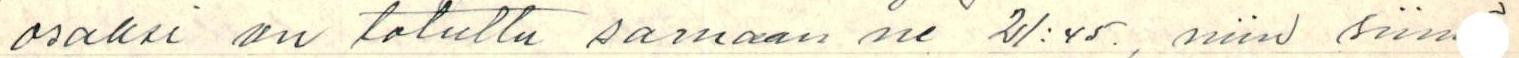
osaksi on totuttu samaan ne 21:45., niin siin